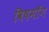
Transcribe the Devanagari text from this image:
विषमाँग